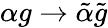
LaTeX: \alpha g\to\tilde{\alpha}\tilde{g}